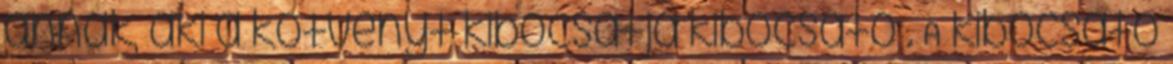
annak, aki a kötvényt kibocsátja kibocsátó . A kibocsátó